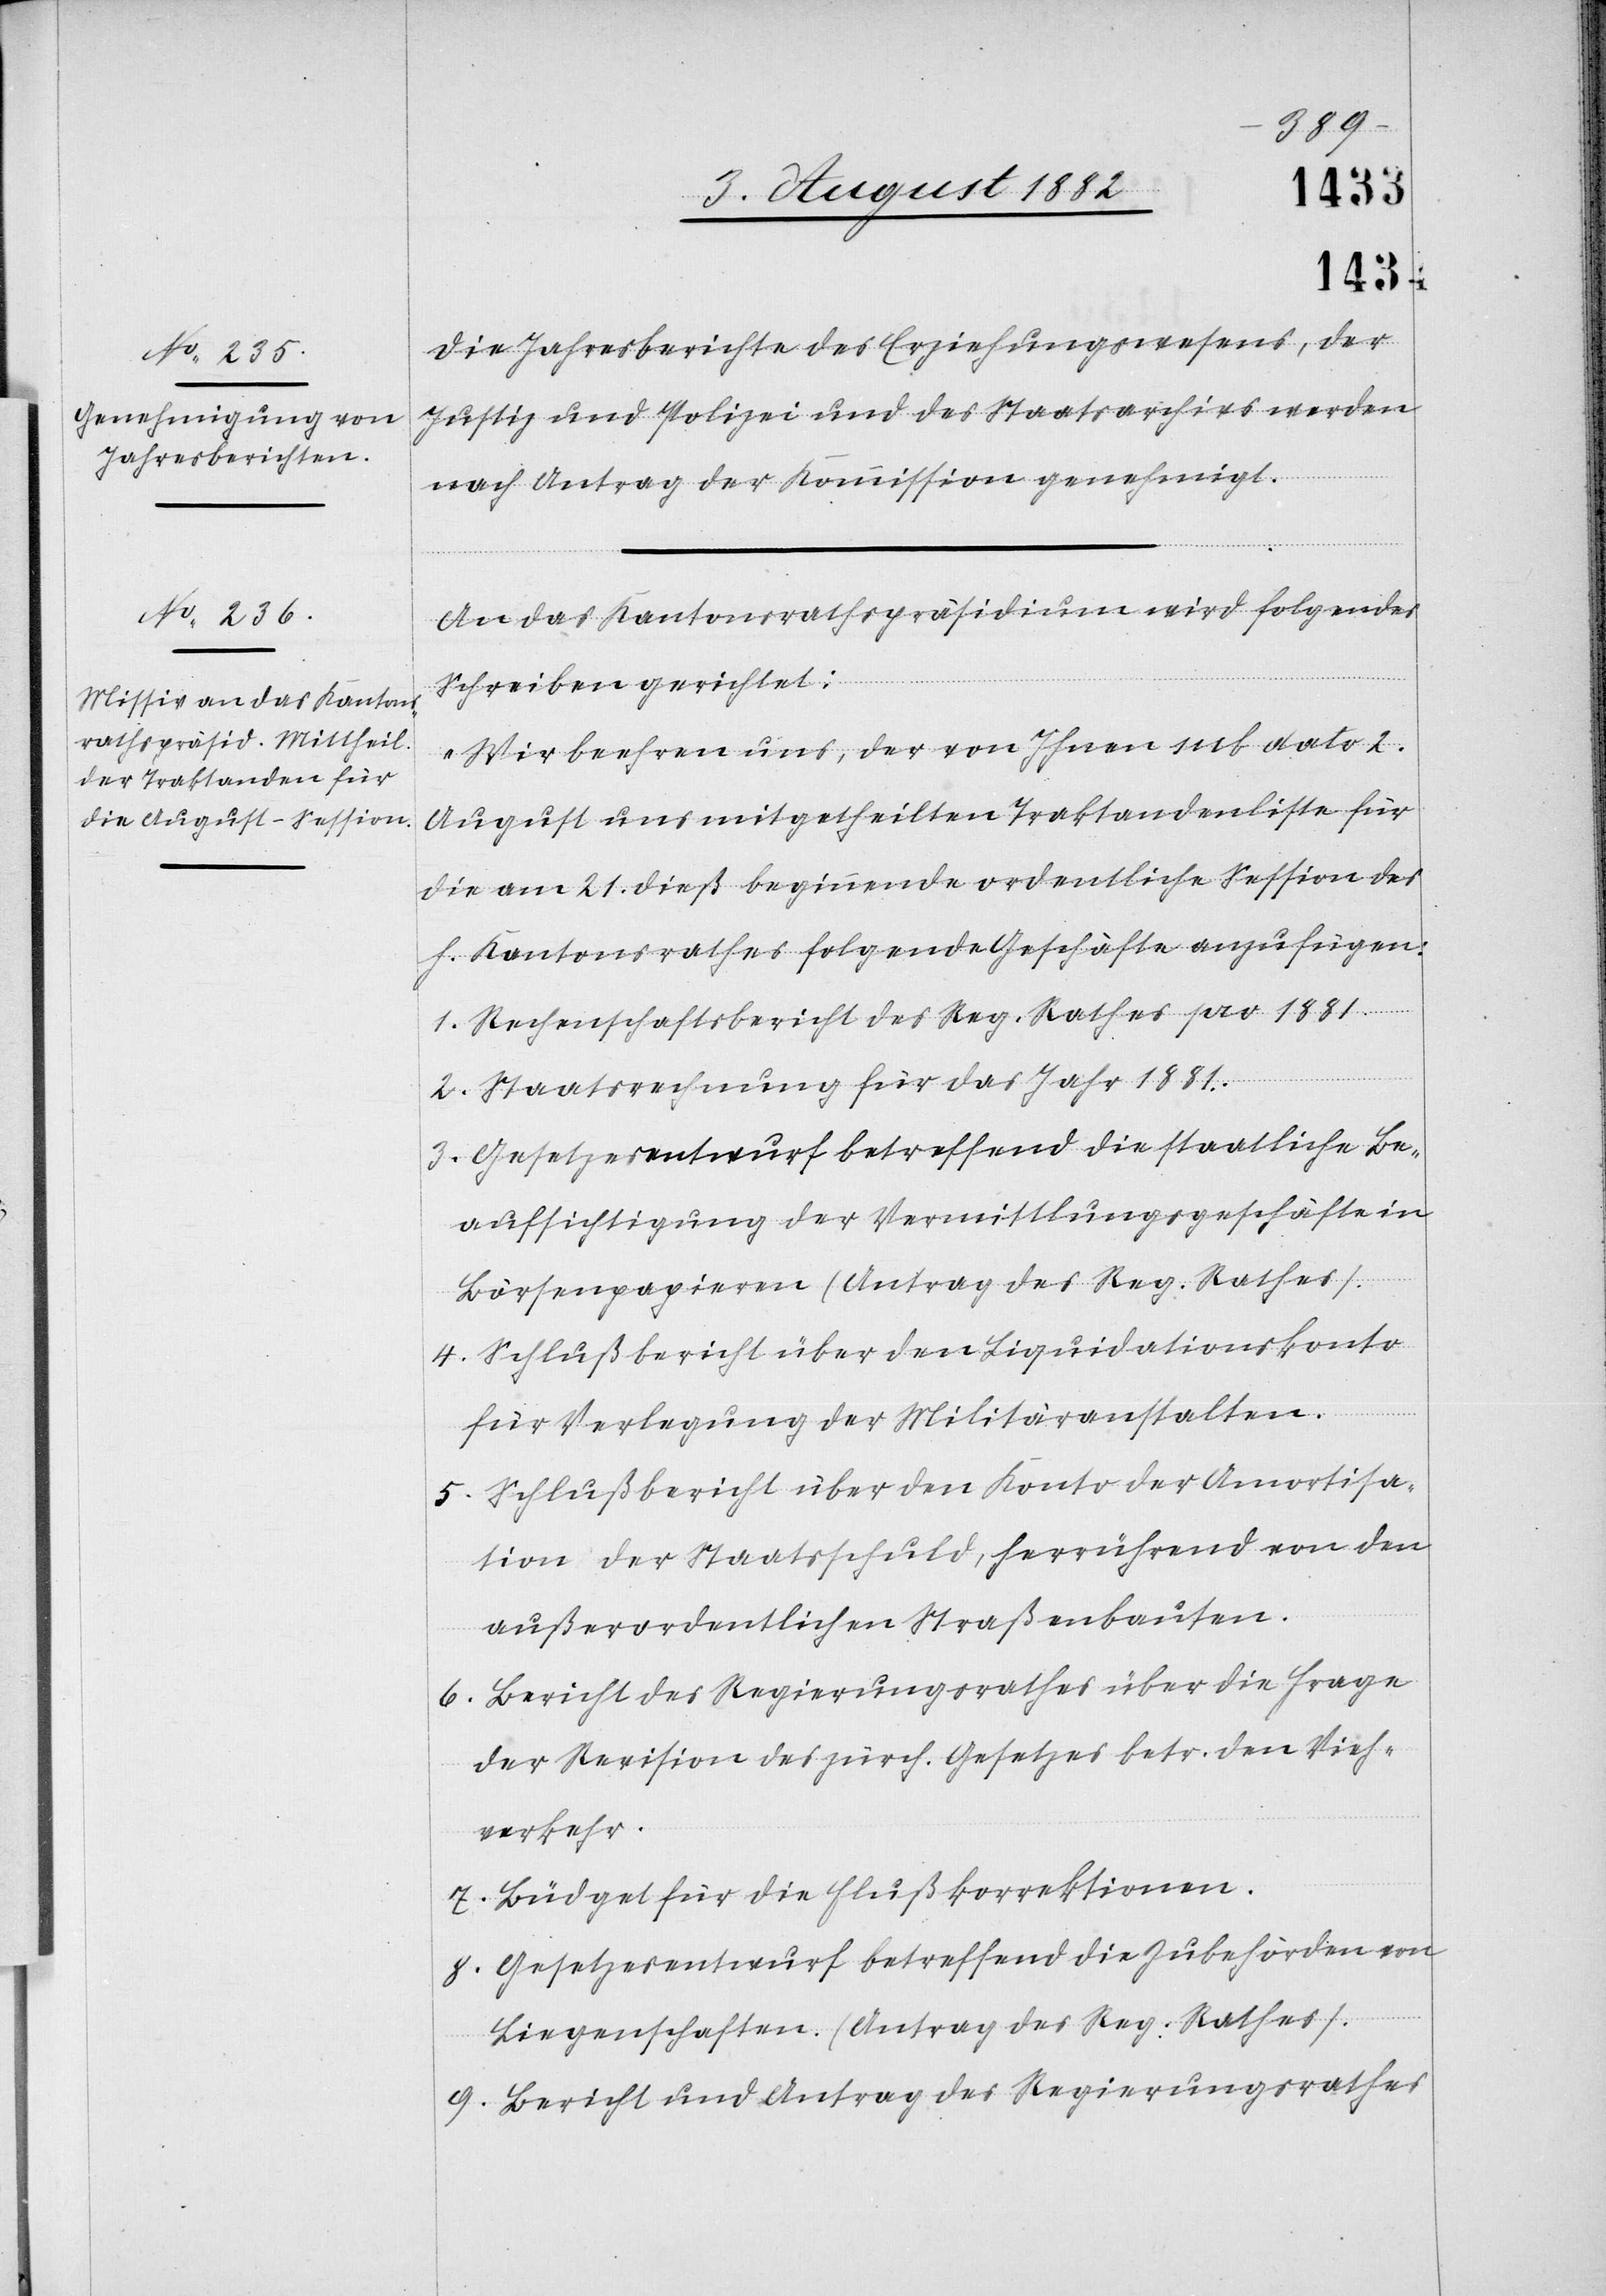
Die Jahresberichte des Erziehungswesens, der
Justiz und Polizei und des Staatsarchivs werden
nach Antrag der Kommission genehmigt.
An das Kantonsrathspräsidium wird folgendes
Schreiben gerichtet:
„Wir beehren uns, der von Ihnen sub dato 2.
August uns mitgetheilten Traktanden für d¬
ie am 21. dieß beginnende ordentliche Session des
h. Kantonsrathes folgende Geschäfte anzufügen:
1. Rechenschaftsbericht des Reg. Rathes pro 1881.
2. Staatsrechnung für das Jahr 1881.
3. Gesetzesentwurf betreffend die staatliche Be¬
aufsichtigung der Vermittlungsgeschäfte in
Börsenpapieren (Antrag des Reg. Rathes).
4. Schlußbericht über den Liquidationskonto
für Verlegung der Militäranstalten.
5. Schlußbericht über den Konto der Amortisa¬
tion der Staatsschuld, herrührend von den
außerordentlichen Straßenbauten.
6. Bericht des Regierungsrathes über die Frage
der Revision des zürch. Gesetzes betr. den Vieh¬
verkehr.
7. Büdget für die Flußkorrektionen.
8. Gesetzesentwurf betreffend die Zubehörden von
Liegenschaften. (Antrag des Reg. Rathes).
9. Bericht und Antrag des Regierungsrathes